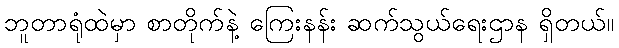
ဘူတာရုံထဲမှာ စာတိုက်နဲ့ ကြေးနန်း ဆက်သွယ်ရေးဌာန ရှိတယ်။